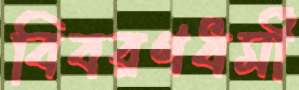
বিবরণধর্মী